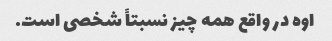
اوه در واقع همه چیز نسبتاً شخصی است.